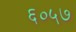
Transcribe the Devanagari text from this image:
६०५७